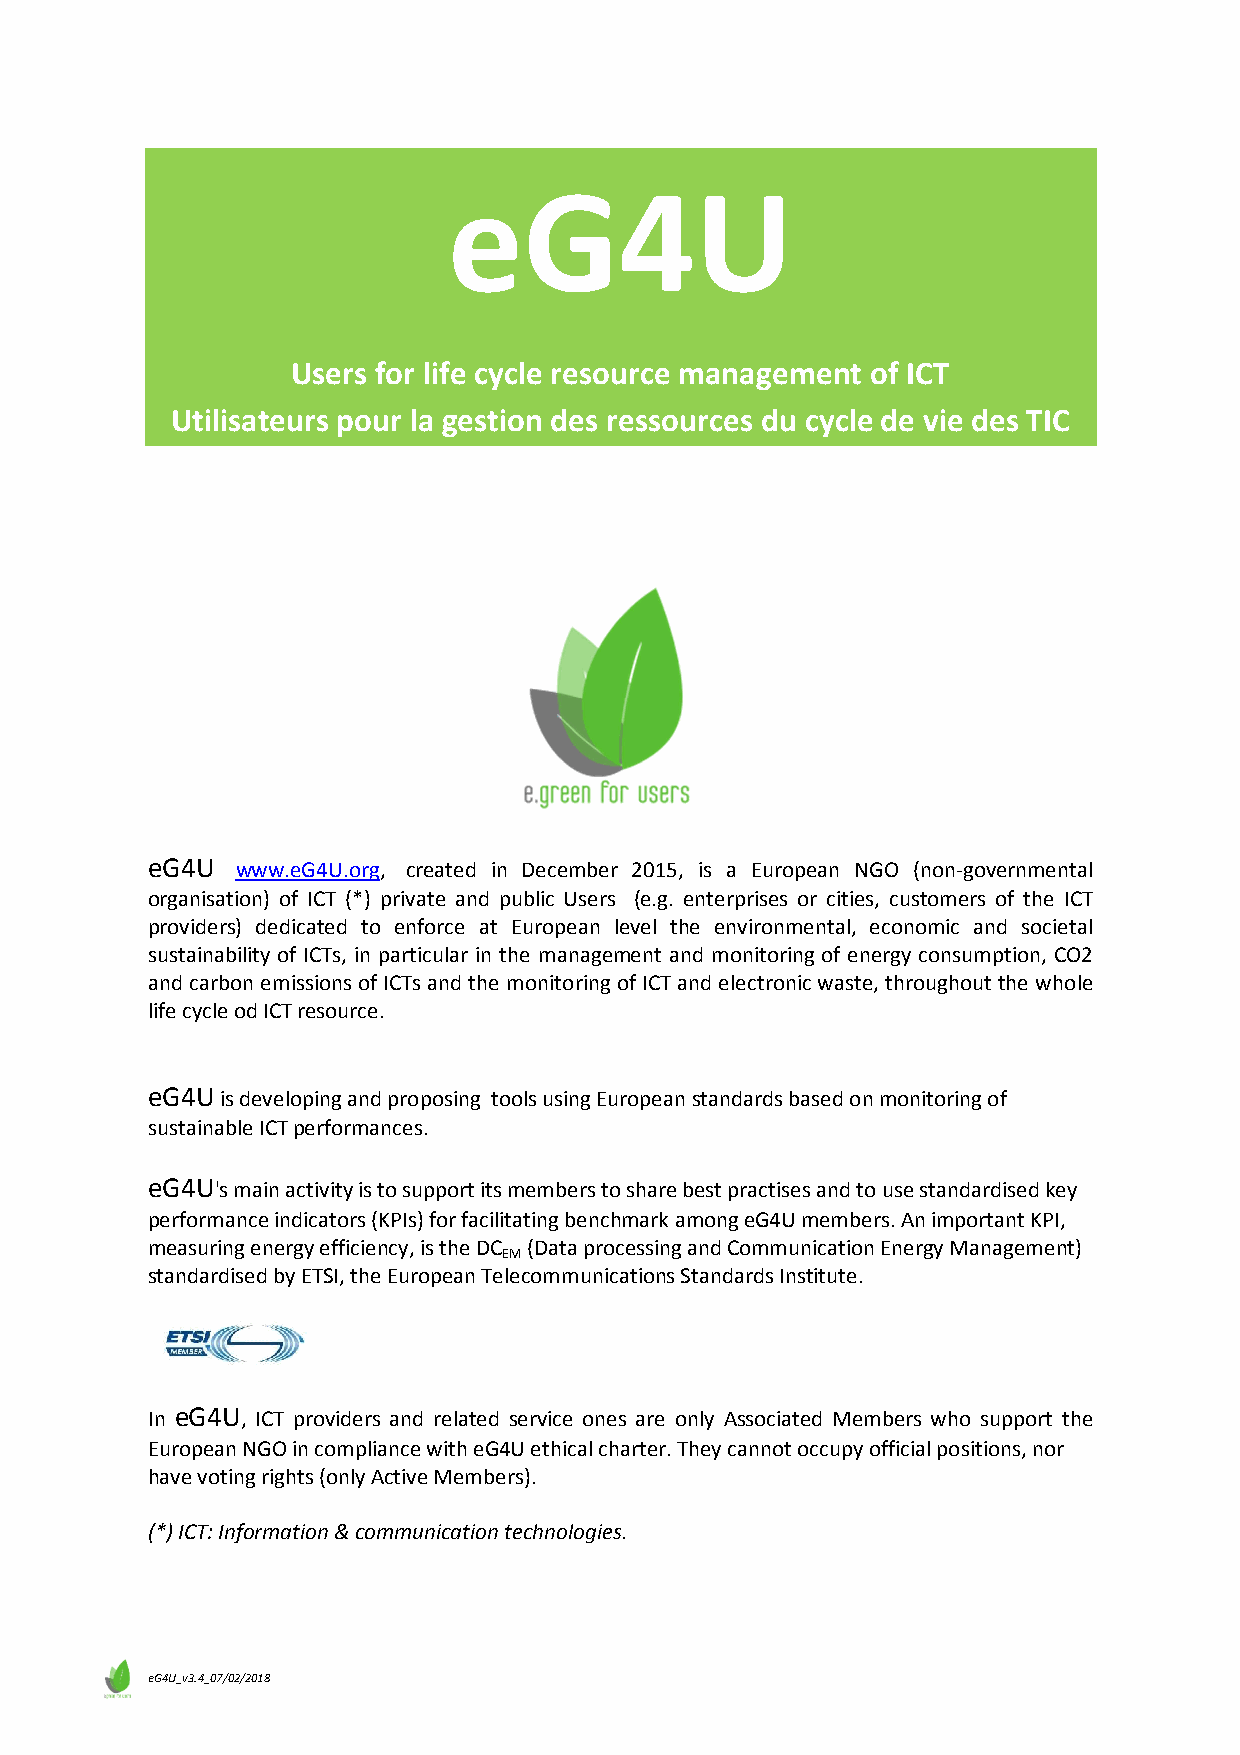
eG4U
 Users for life cycle resource management of ICT
 Utilisateurs pour la gestion des ressources du cycle de vie des TIC
 eG4U  www.eG4U.org, created in December 2015, is a European NGO (non-governmental
 organisation) of ICT (*) private and public Users (e.g. enterprises or cities, customers of the ICT
 providers) dedicated to enforce at European level the environmental, economic and societal
 sustainability of ICTs, in particular in the management and monitoring of energy consumption, CO2
 and carbon emissions of ICTs and the monitoring of ICT and electronic waste, throughout the whole
 life cycle od ICT resource.
 eG4U is developing and proposing tools using European standards based on monitoring of
 sustainable ICT performances.
 eG4U's main activity is to support its members to share best practises and to use standardised key
 performance indicators (KPIs) for facilitating benchmark among eG4U members. An important KPI,
 measuring energy efficiency, is the DC (Data processing and Communication Energy Management)
 EM
 standardised by ETSI, the European Telecommunications Standards Institute.
 In eG4U, ICT providers and related service ones are only Associated Members who support the
 European NGO in compliance with eG4U ethical charter. They cannot occupy official positions, nor
 have voting rights (only Active Members).
 (*) ICT: Information & communication technologies.
 eG4U_v3.4_07/02/2018